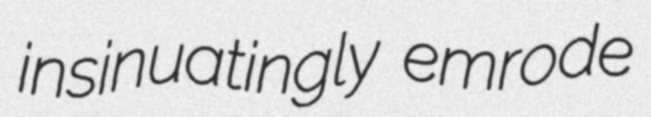
insinuatingly emrode